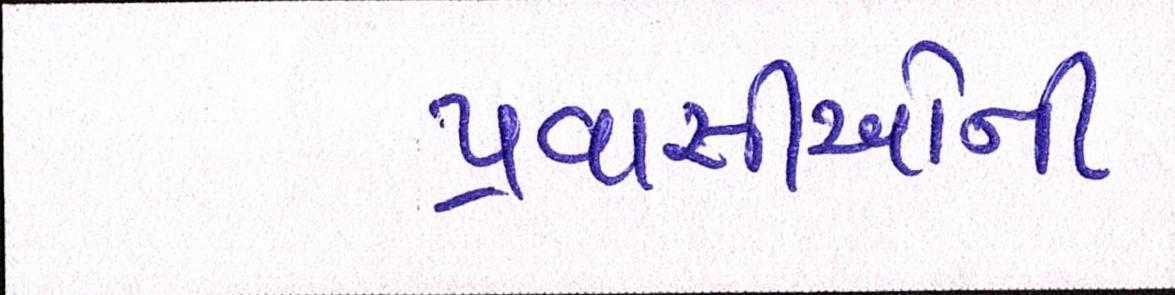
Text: પ્રવાસીઓની